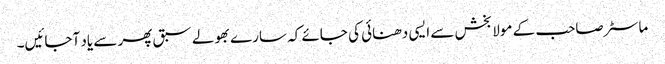
ماسٹر صاحب کے مولا بخش سے ایسی دھنائی کی جائے کہ سارے بھولے سبق پھر سے یاد آجائیں۔